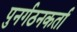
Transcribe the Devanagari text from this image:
पुनर्गठनकर्ता